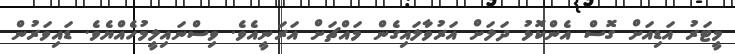
މީޓަރު އަޑިއަށް ގޮސް އެންކޮޅު ދަލަށް އަރުވާލައިގެން މައްޗަށް އަރަނީއެވެ. ވިސްނައިލީމުހެއްޔެވެ. ޑައިވަރުން